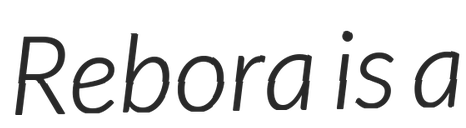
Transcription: Rebora is a